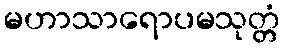
မဟာသာရောပမသုတ္တံ